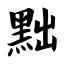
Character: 黜